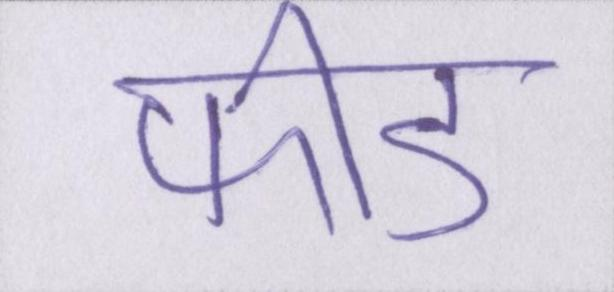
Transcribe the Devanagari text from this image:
फीड